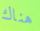
هناك